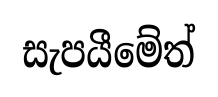
සැපයීමේත්